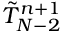
\tilde { T } _ { N - 2 } ^ { n + 1 }